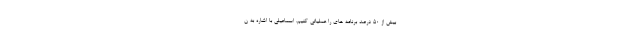
بیش از ۵۰ درصد برنامه های را عملیاتی کنیم. اسماعیلی با اشاره به ن